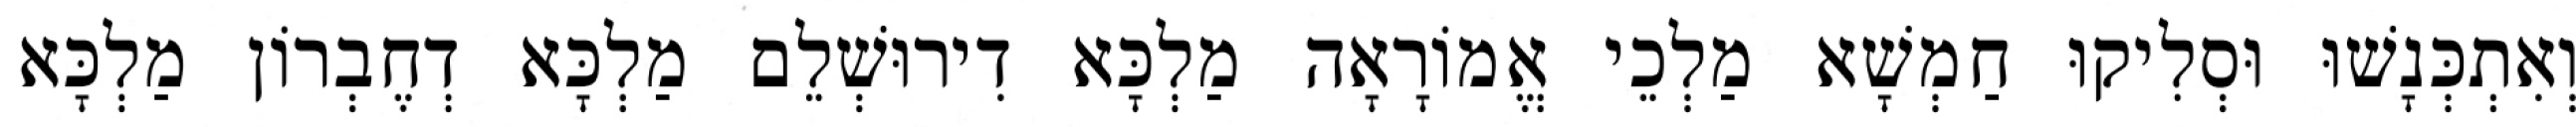
וְאִתְכְּנָשׁוּ וּסְלִיקוּ חַמְשָׁא מַלְכֵי אֱמוֹרָאָה מַלְכָּא דִירוּשְׁלֵם מַלְכָּא דְחֶבְרוֹן מַלְכָּא